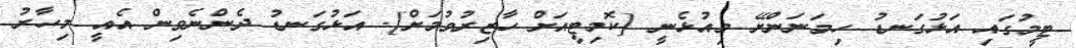
ޓީމުގައި އަޅުގަނޑު ހިމަނަންށޭ މިއުޅެނީ [ކޮމިޓީއަށް ހާޒިރުވުމަށް]. އަޅުގަނޑު ދެންނެވިން އެއީ މިހާރު